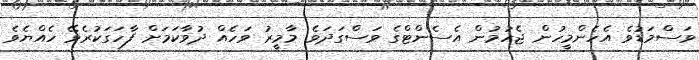
ވަސްމަޑުވެ އެހެންމީހުން ޖެހުމުން އެސެންޓްގެ ވަސްގަދަވެ މާމީރު ވަހެއް ދުވާކަމަށް ފާހަގަކުރެވޭ ހެއްޔެވެ